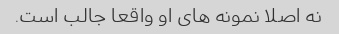
نه اصلا نمونه های او واقعا جالب است.